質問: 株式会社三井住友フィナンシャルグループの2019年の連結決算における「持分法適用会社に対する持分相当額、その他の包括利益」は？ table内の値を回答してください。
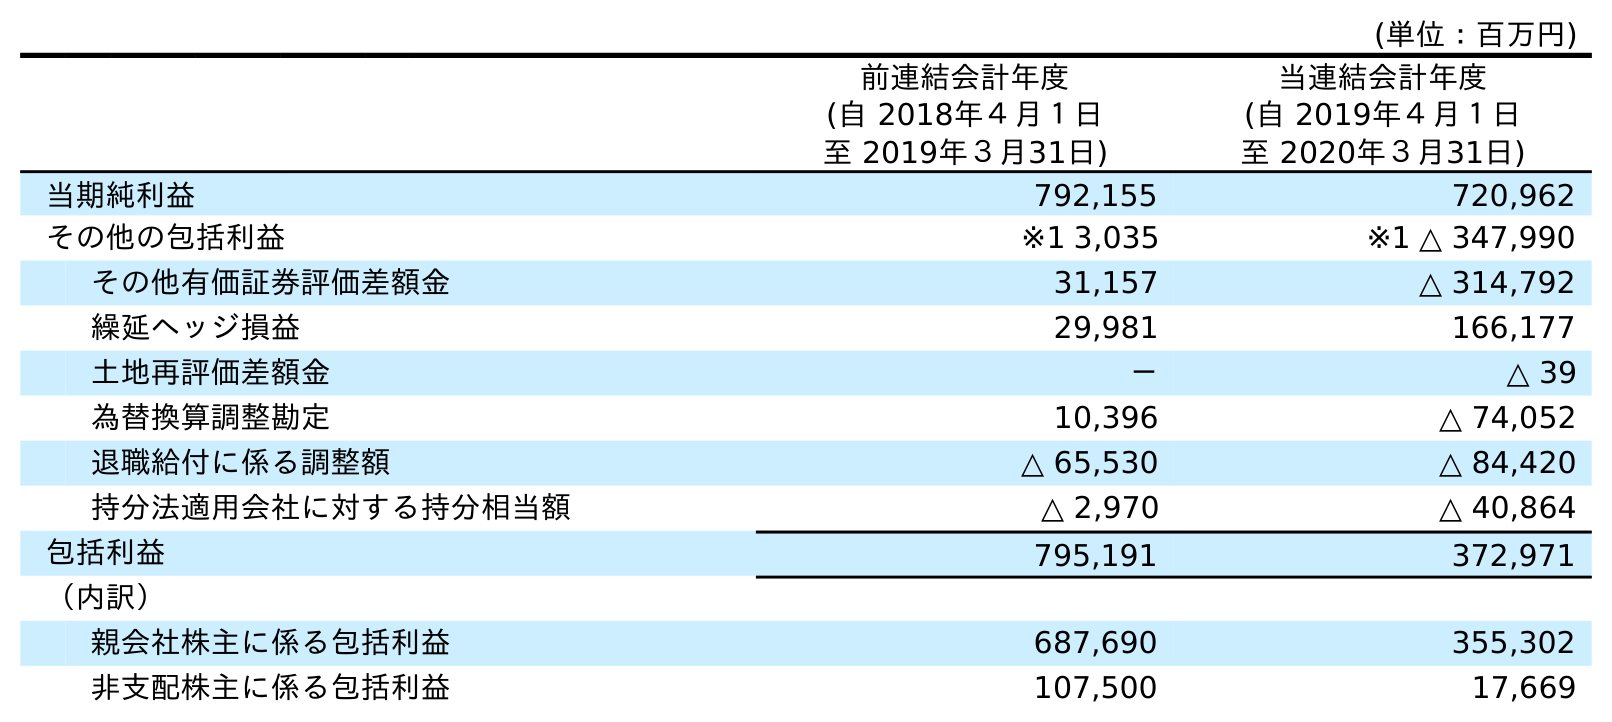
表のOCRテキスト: (単位：百万円) 前連結会計年度 (自 2018年４月１日 至 2019年３月31日) 当連結会計年度 (自 2019年４月１日 至 2020年３月31日) 当期純利益 792,155 720,962 その他の包括利益 ※1 3,035 ※1 △ 347,990 その他有価証券評価差額金 31,157 △ 314,792 繰延ヘッジ損益 29,981 166,177 土地再評価差額金 － △ 39 為替換算調整勘定 10,396 △ 74,052 退職給付に係る調整額 △ 65,530 △ 84,420 持分法適用会社に対する持分相当額 △ 2,970 △ 40,864 包括利益 795,191 372,971 （内訳） 親会社株主に係る包括利益 687,690 355,302 非支配株主に係る包括利益 107,500 17,669
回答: △2,970